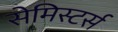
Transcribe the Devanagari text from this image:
सेमिस्टर्स